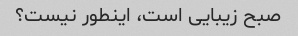
صبح زیبایی است، اینطور نیست؟